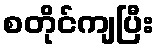
စတိုင်ကျပြီး